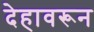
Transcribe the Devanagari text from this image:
देहावरून